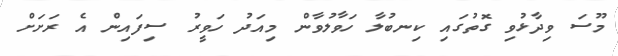
މޫސަ ވިދާޅުވި ގޮތުގައި ކިނބުލާ ހަވާލުވާން މިއަދު ހަވީރު ސިފަައިން އެ ރަށަށް